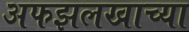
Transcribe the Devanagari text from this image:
अफझलखाच्या